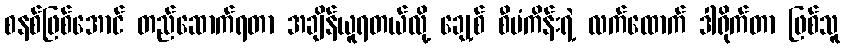
စနစ်ဖြစ်အောင် တည်ဆောက်ရတာ အချိန်ယူရတယ်လို့ ချေ့စ် စီမံကိန်းရဲ့ လက်ထောက် ဒါရိုက်တာ ဖြစ်သူ